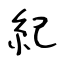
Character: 紀